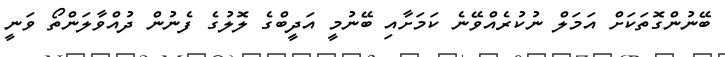
ބޭނުންގޮތަކަށް އަމަލް ނުކުރެއްވޭނެ ކަމަށާއި ބޭނުމީ އަދީބްގެ ލޮލުގެ ފެނުން ދުއްވާލަންތޯ ވަނީ